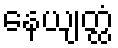
နေယျတ္ထံ